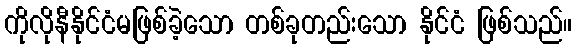
ကိုလိုနီနိုင်ငံမဖြစ်ခဲ့သော တစ်ခုတည်းသော နိုင်ငံ ဖြစ်သည်။